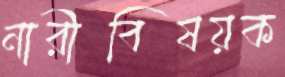
নারীবিষয়ক